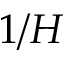
1 / H